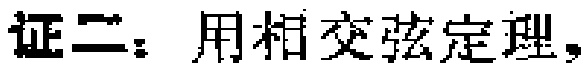
证二：用相交弦定理，